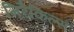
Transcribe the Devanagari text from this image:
मिरैकिल्स